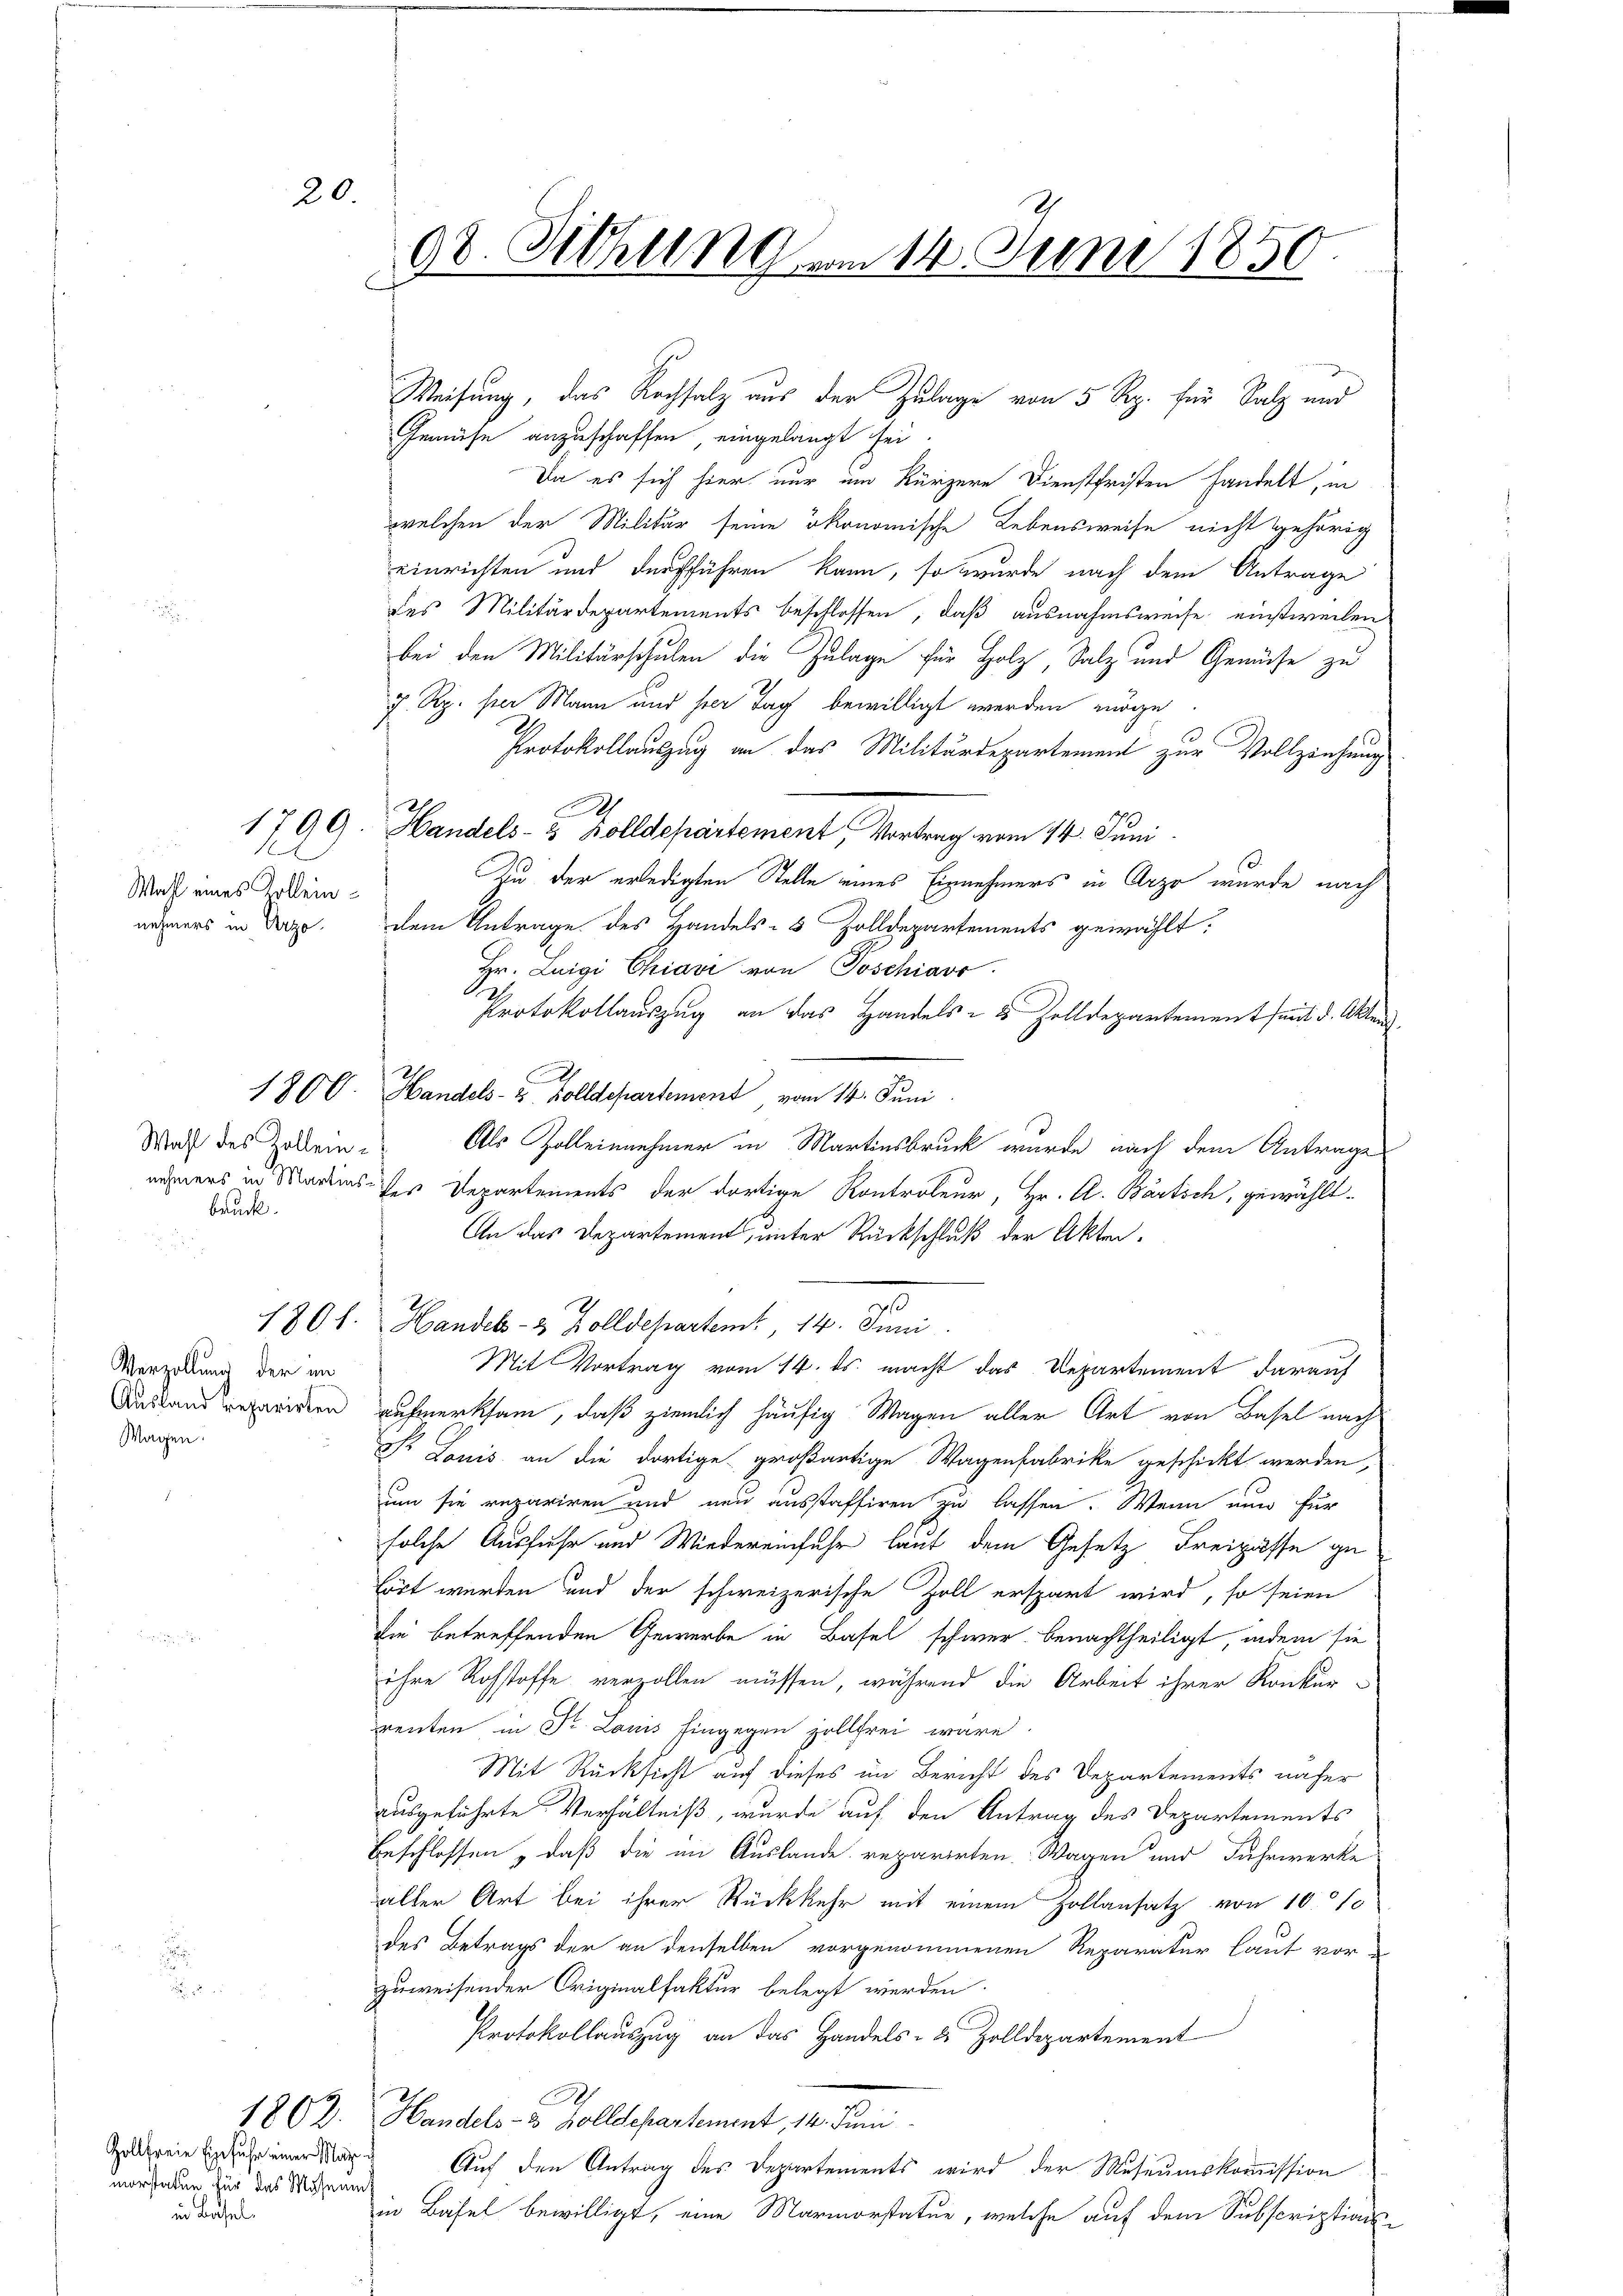
20.

d
Wahl eines Kolleinnehmers in Arzo-

Wahl des Zollen-
bruck.

Verzollung der im
Wagen:

Zollfreie Einfuhr einer Man u
morstatten für das Museums
in Basel,

98. Sitzung vom 14. Juni 1850.

Gemüse anzuschaffen eingelangt sei.
Da es sich hier nur um kürzere Dienstfristen handelt, in
welchen der Militär seine ökonomische Lebensweise nicht gehörig
einrichten und durchführen kann, so wurde nach dem Antrage
des Militärdepartements beschlossen, daß ausnahmsweise einstweilen
bei den Militärschulen die Zulage für Holz, Salz und Gemüse zu
7 Rp. per Mann und sein Tag bewilligt werden möge
Protokollauszug an das Militärdepartement zur Vollziehung
1799. Handels- & Zolldepartement, Vortrag vom 14. Juni
An der erledigten Stelle eines Einnehmers in Arzo wurde nach
dem Antrage des Handels- 5 Zolldepartements gewählt:
Hr. Luigi Chiavi von Poschiavo
Protokollauszug an das Handels- & Zolldepartement seit d. Akten.
180 C. Handels- & Zolldepartement, vom 14. Juni
Als Zolleinnehmer in Martinsbruck wurde nach dem Antrage
nehmers in Mariens des Departements der dortige Kontroleur, Hr. A. Bartsch, gewählt.
An das Departement, unter Rückschluß der Akten.
e
180 f. Handels- & Zolldepartent, 14. Juni.
Mit Vortrag vom 14. ds. macht das Departement darauf
Dasans einen aufmerksam, daß ziemlich häufig Wagen aller Art von Basel nach
Fr Louis an die dortige großartige Wagenfabrike geschickt werden,
zum sie repariren und neu ausstaffiren zu lassen. Wenn nun für
solche Ausfuhr und Wiedereinfuhr laut dem Gesetz Freipasse ge
lört werden und der schweizerische Zoll erspart wird, so seien
die betreffenden Gewerbe in Basel schwer benachtheiligt, indem sie
ihre Rohstoffe verzollen müssen, während die Arbeit ihrer Konkur-
renten in Dr. Louis hingegen zollfrei wäre.
Mit Rücksicht auf dieses im Bericht des Departements näher
ausgeführte Verhältniß, wurde auf den Antrag des Departements
Beschlossen , daß die im Auslande reparirten Wagen und Fuhrwerke
alter Art bei ihrer Rückkehr mit einem Hollansatz von 1010
des Betrags der an denselben vorgenommenen Reparatur laut vor-
zuweisender Originalfaktur belegt werden.
Protokollauszug an das Handels- & Zolldepartement
1802. Handels- & Zolldepartement, 14. Juni
Auf den Antrag des Departements wird der Museumskommission
in Basel bewilligt, eine Marmorstatue, welche auf dem Subscriptions¬

A

Weisung, das Rachsalz aus der Zulage von 5 Rp. für Salz und